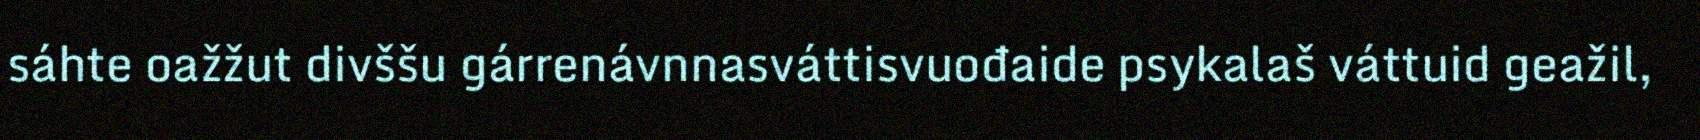
sáhte oažžut divššu gárrenávnnasváttisvuođaide psykalaš váttuid geažil,